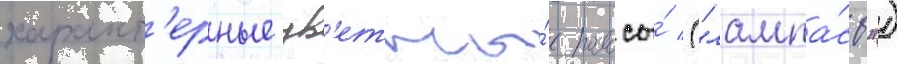
характ'ерные цв'етны́е полосы́ ("лампа́сы")